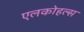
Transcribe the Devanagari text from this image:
एलकोहल्स